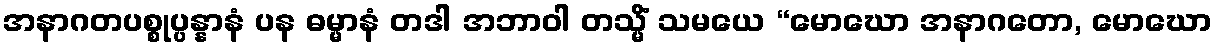
အနာဂတပစ္စုပ္ပန္နာနံ ပန ဓမ္မာနံ တဒါ အဘာဝါ တသ္မိံ သမယေ “မောဃော အနာဂတော, မောဃော